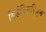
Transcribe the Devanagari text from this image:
बिहेवियरिज़्म